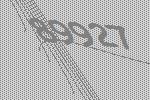
89927